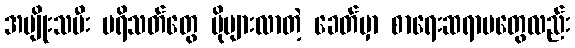
အမျိုးသမီး ပရိသတ်တွေ ပိုများလာတဲ့ ခေတ်မှာ စာရေးဆရာမတွေလည်း